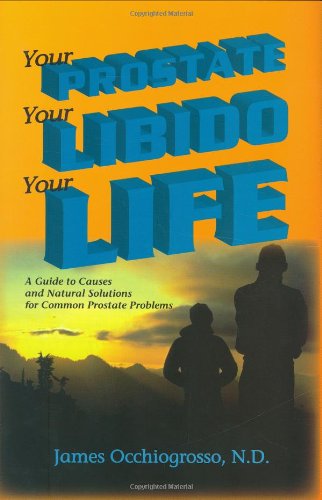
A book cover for Your Prostate, Your Libido, Your Life; James Occhiogrosso; Health, Fitness & Dieting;